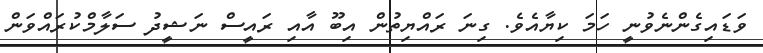
ވަޑައިގެންނެވުނީ ހަމަ ކިޔާއެވެ. ގިނަ ރައްޔިތުން އިބޫ އާއި ރައީސް ނަޝީދު ސަލާމްކުރައްވަން